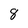
Character: 8